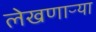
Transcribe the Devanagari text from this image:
लेखणाऱ्या